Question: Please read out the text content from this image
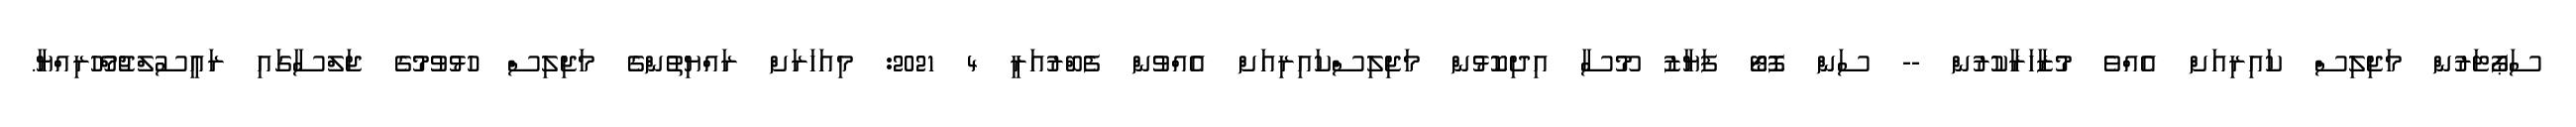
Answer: ސަޕޯޓަރުން މަޖިލިސް ކައިރިއަށް އެއްވެ މުޒާހަރާކުރުން -- ސަން ފޮޓޯ ފަޔާޒު މޫސާ އިދިކޮޅުން މަޖިލިސްކައިރިއަށް އެއްވުން ފެބްރުއަރީ 4 2021: މިއަހަރަށް ރައްޔިތުންގެ މަޖިލިސް ހުޅުވުމުގެ ޖަލްސާގައި ރައީސުލްޖުމްހޫރިއްޔާ.